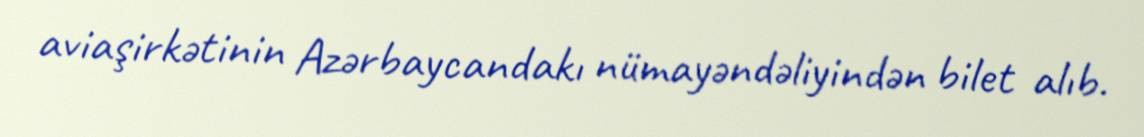
aviaşirkətinin Azərbaycandakı nümayəndəliyindən bilet alıb.